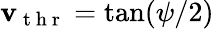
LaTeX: \mathbf{v}_{\mathrm{{~t~h~r~}}}=\tan(\psi/2)